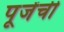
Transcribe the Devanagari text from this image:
पूजेंची